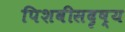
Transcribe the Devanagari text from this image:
पिशवीसदृष्य